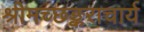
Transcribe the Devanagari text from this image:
श्रीमच्छङ्कराचार्य